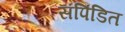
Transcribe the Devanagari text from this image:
संपिंडित